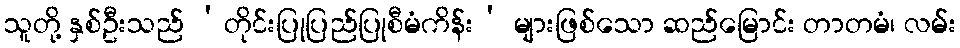
သူတို့ နှစ်ဦးသည် ‘တိုင်းပြုပြည်ပြုစီမံကိန်း’ များဖြစ်သော ဆည်မြောင်း တာတမံ၊ လမ်း